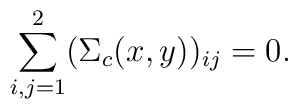
\sum_{i, j = 1}^2 (\Sigma_c (x, y) )_{i j} = 0 .